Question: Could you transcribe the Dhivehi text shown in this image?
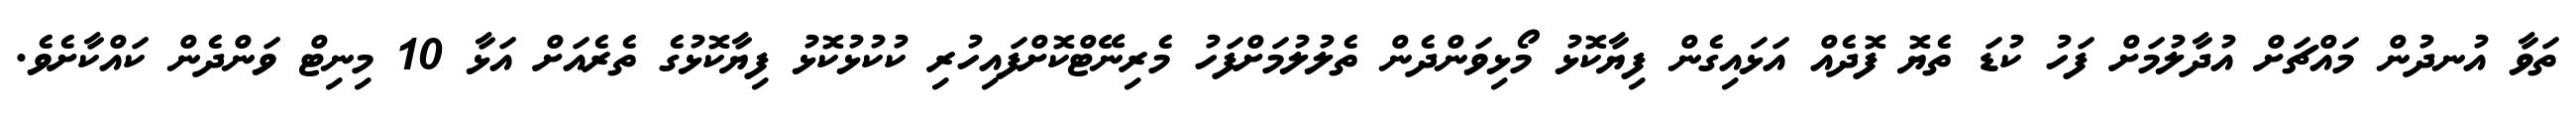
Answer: ތަވާ އުނދުން މައްޗަށް އުދާލުމަށް ފަހު ކުޑަ ތެޔޮ ފޮދެއް އަޅައިގެން ފިޔާކޮޅު މޯޅިވަންދެން ތެލުލުމަށްފަހު މެރިނޭޓްކޮށްފައިހުރި ކުކުޅުކޮޅު ފިޔާކޮޅުގެ ތެރެއަށް އަޅާ 10 މިނިޓް ވަންދެން ކައްކާށެވެ.